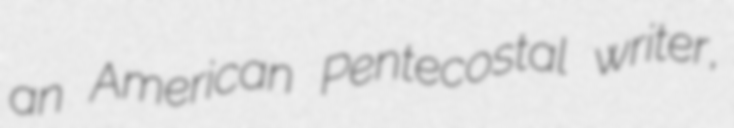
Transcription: an American Pentecostal writer,